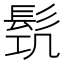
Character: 𩬛